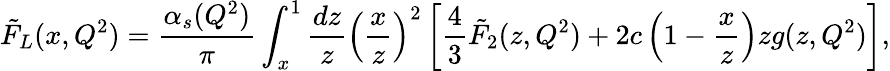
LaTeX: \tilde{F}_{L}(x,Q^{2})=\frac{\alpha_{s}(Q^{2})}{\pi}\int_{x}^{1}\frac{dz}{z}\left(\frac{x}{z}\right)^{2}\left[\frac{4}{3}\tilde{F}_{2}(z,Q^{2})+2c\left(1-\frac{x}{z}\right)zg(z,Q^{2})\right],